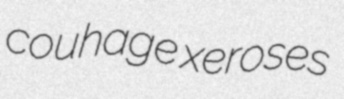
couhage xeroses